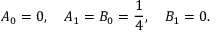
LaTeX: A _ { 0 } = 0 , \quad A _ { 1 } = B _ { 0 } = { \frac { 1 } { 4 } } , \quad B _ { 1 } = 0 .